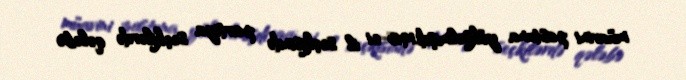
müavini postuna yüksəlmişdi.1965-ci il seçkisində partiya seçkilərdə qələbə